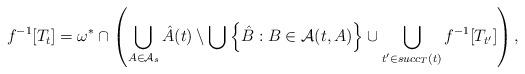
LaTeX: \begin{align*} f^{-1}[T_t] = \omega^*\cap\left( \bigcup_{A\in\mathcal A_s} \hat{A}(t)\setminus\bigcup\left\{\hat{B}:B\in\mathcal A(t,A)\right\}\cup \bigcup_{t^\prime\in succ_T(t)}f^{-1}[T_{t^\prime}] \right),\end{align*}